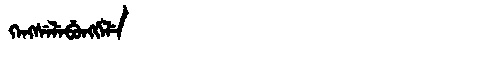
Manchu: ᡴᡝᠩᠰᡝᠯᡝᠪᡠᠩᡤᡝᠯᡝ
Romanization: KENGSELEBUNGGELE